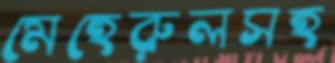
মেহেরুলসহ